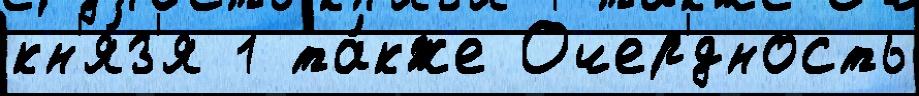
кн'я́з'я 1 та́кже Очер'́дность